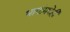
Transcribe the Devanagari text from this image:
भागांमधेही